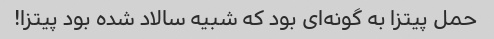
حمل پیتزا به گونه‌ای بود که شبیه سالاد شده بود پیتزا!